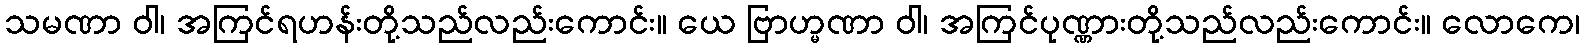
သမဏာ ဝါ၊ အကြင်ရဟန်းတို့သည်လည်းကောင်း။ ယေ ဗြာဟ္မဏာ ဝါ၊ အကြင်ပုဏ္ဏားတို့သည်လည်းကောင်း။ လောကေ၊